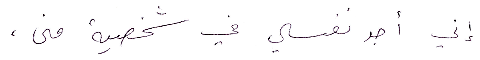
إني أجد نفسي في شخصية منى،